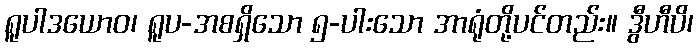
ရူပါဒယောဝ၊ ရူပ-အစရှိသော ၅-ပါးသော အာရုံတို့ပင်တည်း။ ဒွီဟီပိ၊